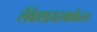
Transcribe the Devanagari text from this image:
लँकेशायरमार्फतच